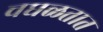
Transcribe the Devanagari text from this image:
चघळतात